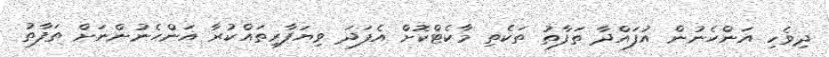
ދިވެހި އަންހެނުން އުފައްދާ ތަފާތު ތަކެތި މާކެޓްކޮށް އެފަދަ ވިޔަފާރިތައްކުރާ އަންހެނުންނަށް ތަފާތު